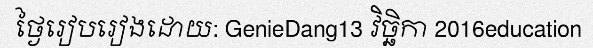
ថ្ងៃរៀបរៀងដោយ: GenieDang13 វិច្ឆិកា 2016education